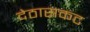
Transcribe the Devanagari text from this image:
देठासकट